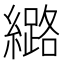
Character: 𫄉